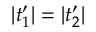
| t _ { 1 } ^ { \prime } | = | t _ { 2 } ^ { \prime } |